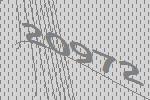
20972